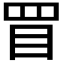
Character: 𥄲